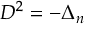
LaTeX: D ^ { 2 } = - \Delta _ { n }